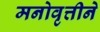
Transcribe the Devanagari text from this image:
मनोवृत्तीने